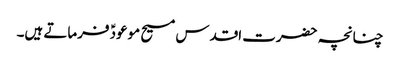
چنانچہ حضرت اقدس مسیح موعودؑ فرماتے ہیں۔